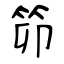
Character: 笷